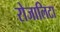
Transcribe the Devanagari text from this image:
रोजालिटा